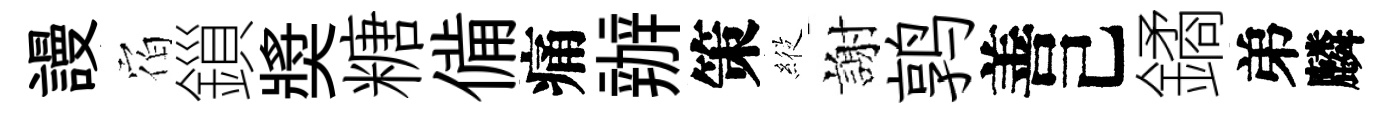
謾𪧐鎻奬糖備痛辦策𦂵謝鹑善己鐍弟麟